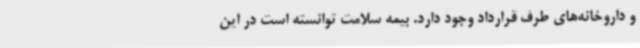
و داروخانه‌های طرف قرارداد وجود دارد. بیمه سلامت توانسته است در این